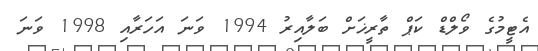
އެޓީމުގެ ވޯލްޑް ކަޕް ތާރީޚަށް ބަލާއިރު 1994 ވަނަ އަހަރާއި 1998 ވަނަ